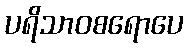
ပရိသာဝစရောပေ